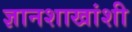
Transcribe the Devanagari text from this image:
ज्ञानशाखांशी